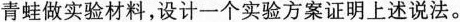
青蛙做实验材料，设计一个实验方案证明上述说法。